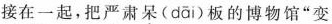
接在一起，把严肃呆( dāi )板的博物馆”变